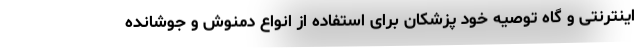
اینترنتی و گاه توصیه خود پزشکان برای استفاده از انواع دمنوش و جوشانده